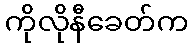
ကိုလိုနီခေတ်က